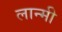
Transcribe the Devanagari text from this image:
लान्मी